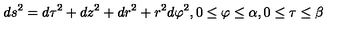
d s ^ { 2 } = d \tau ^ { 2 } + d z ^ { 2 } + d r ^ { 2 } + r ^ { 2 } d \varphi ^ { 2 } , 0 \leq \varphi \leq \alpha , 0 \leq \tau \leq \beta